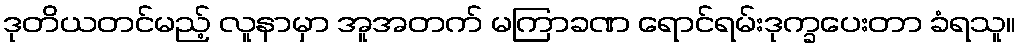
ဒုတိယတင်မည့် လူနာမှာ အူအတက် မကြာခဏ ရောင်ရမ်းဒုက္ခပေးတာ ခံရသူ။